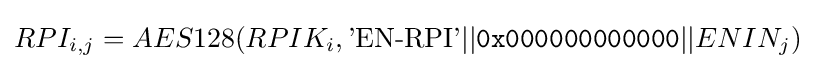
RPI_{i,j}=AES128(RPIK_{i},{\text{'EN-RPI'}}||{\mathtt {0x000000000000}}||ENIN_{j})